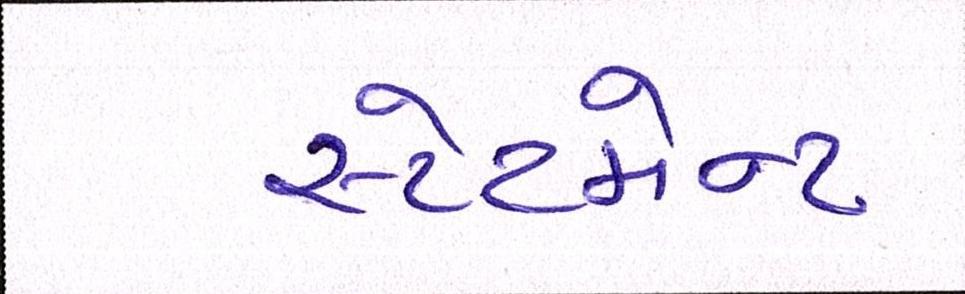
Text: સ્ટેટમેન્ટ